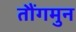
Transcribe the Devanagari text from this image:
तौंगमुन